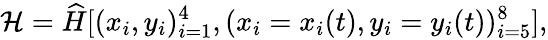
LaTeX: \mathcal{H}=\widehat{H}[(x_{i},y_{i})_{i=1}^{4},(x_{i}=x_{i}(t),y_{i}=y_{i}(t))_{i=5}^{8}],